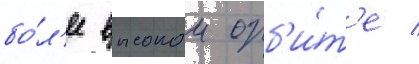
бо́л'ее высокои орб'и́т'е /